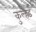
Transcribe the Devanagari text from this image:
कुल्हड